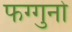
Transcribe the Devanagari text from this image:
फग्गुनो